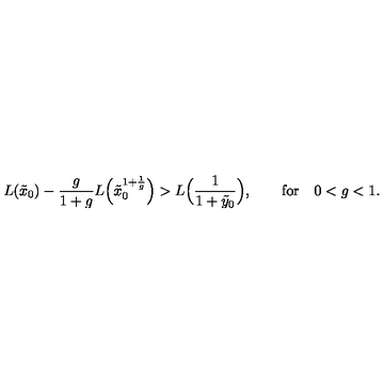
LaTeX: L ( \tilde { x } _ { 0 } ) - \frac { g } { 1 + g } L \Bigl ( \tilde { x } _ { 0 } ^ { 1 + \frac 1 g } \Bigr ) > L \Bigl ( \frac { 1 } { 1 + \tilde { y } _ { 0 } } \Bigr ) , \qquad \mathrm { f o r } \quad 0 < g < 1 .